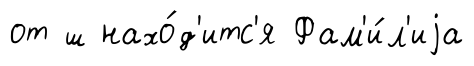
от ш нахо́д'итс'я Фам'и́л'иjа